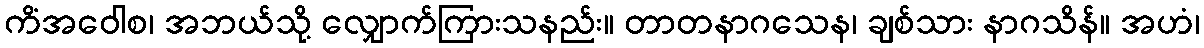
ကိံအဝေါစ၊ အဘယ်သို့ လျှောက်ကြားသနည်း။ တာတနာဂသေန၊ ချစ်သား နာဂသိန်။ အဟံ၊